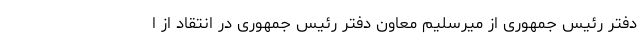
دفتر رئیس جمهوری از میرسلیم معاون دفتر رئیس جمهوری در انتقاد از ا